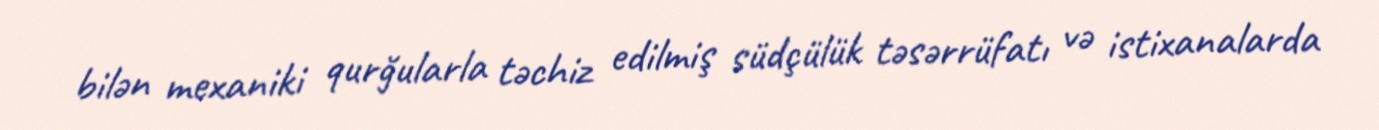
bilən mexaniki qurğularla təchiz edilmiş südçülük təsərrüfatı və istixanalarda